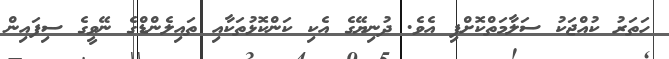
ހަތަރު ކުއްޖަކު ސަލާމަތްކޮށްފި އެވެ. ދުނިޔޭގެ އެކި ކަންކޮޅުތަކާއި ތައިލެންޑްގެ ނޭވީގެ ސިފައިން